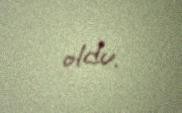
oldu.